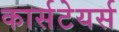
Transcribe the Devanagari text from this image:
कार्सटेयर्स